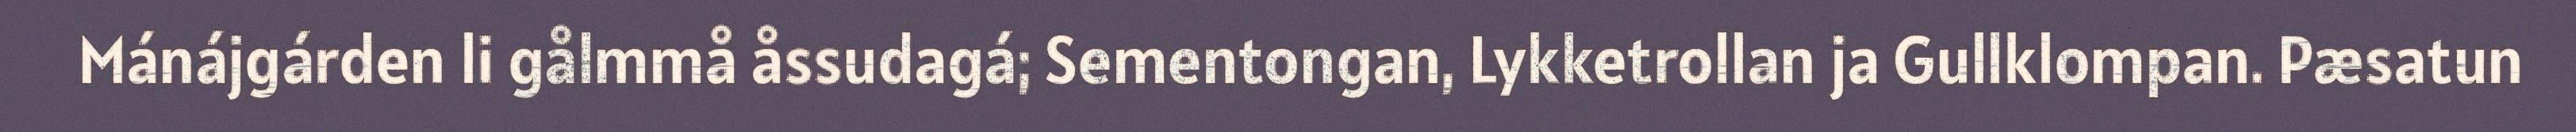
Mánájgárden li gålmmå åssudagá; Sementongan, Lykketrollan ja Gullklompan. Pæsatun